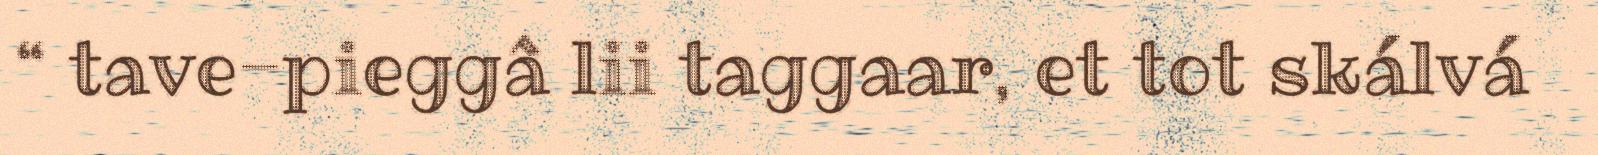
“ tave-pieggâ lii taggaar, et tot skálvá